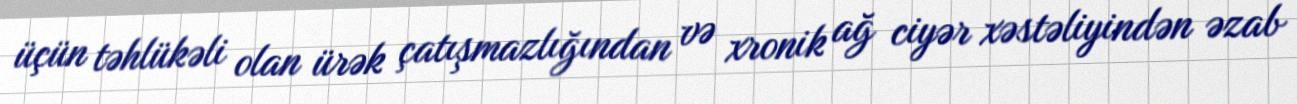
üçün təhlükəli olan ürək çatışmazlığından və xronik ağ ciyər xəstəliyindən əzab